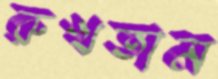
রুখতাম